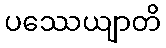
ပဿေယျာတိ